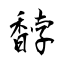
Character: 馞